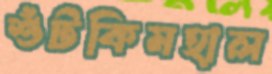
শুঁটকিমহাল